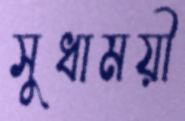
সুধাময়ী